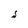
Character: S